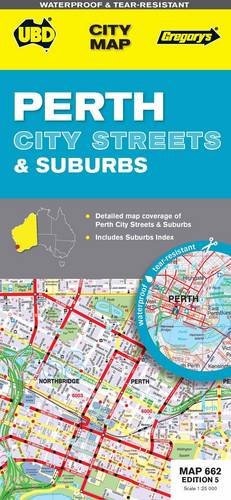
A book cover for Perth City Streets & Suburbs; Universal Publishers Pty Ltd; Travel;